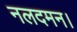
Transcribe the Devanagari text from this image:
नलदमन।